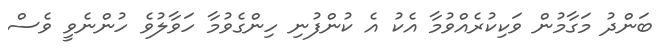
ބަންދު މަގާމުން ވަކިކުރެއްވުމާ އެކު އެ ކުންފުނި ހިންގެވުމާ ހަވާލުވެ ހުންނެވީ ވެސް